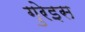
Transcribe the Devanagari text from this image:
गुरेइस